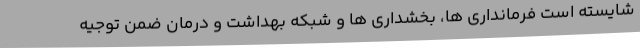
شایسته است فرمانداری ها، بخشداری ها و شبکه بهداشت و درمان ضمن توجیه